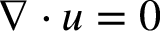
\nabla \cdot u = 0